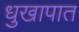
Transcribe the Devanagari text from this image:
धुखापात